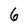
Character: 6